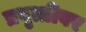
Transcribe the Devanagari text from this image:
प्रवृत्तीवर